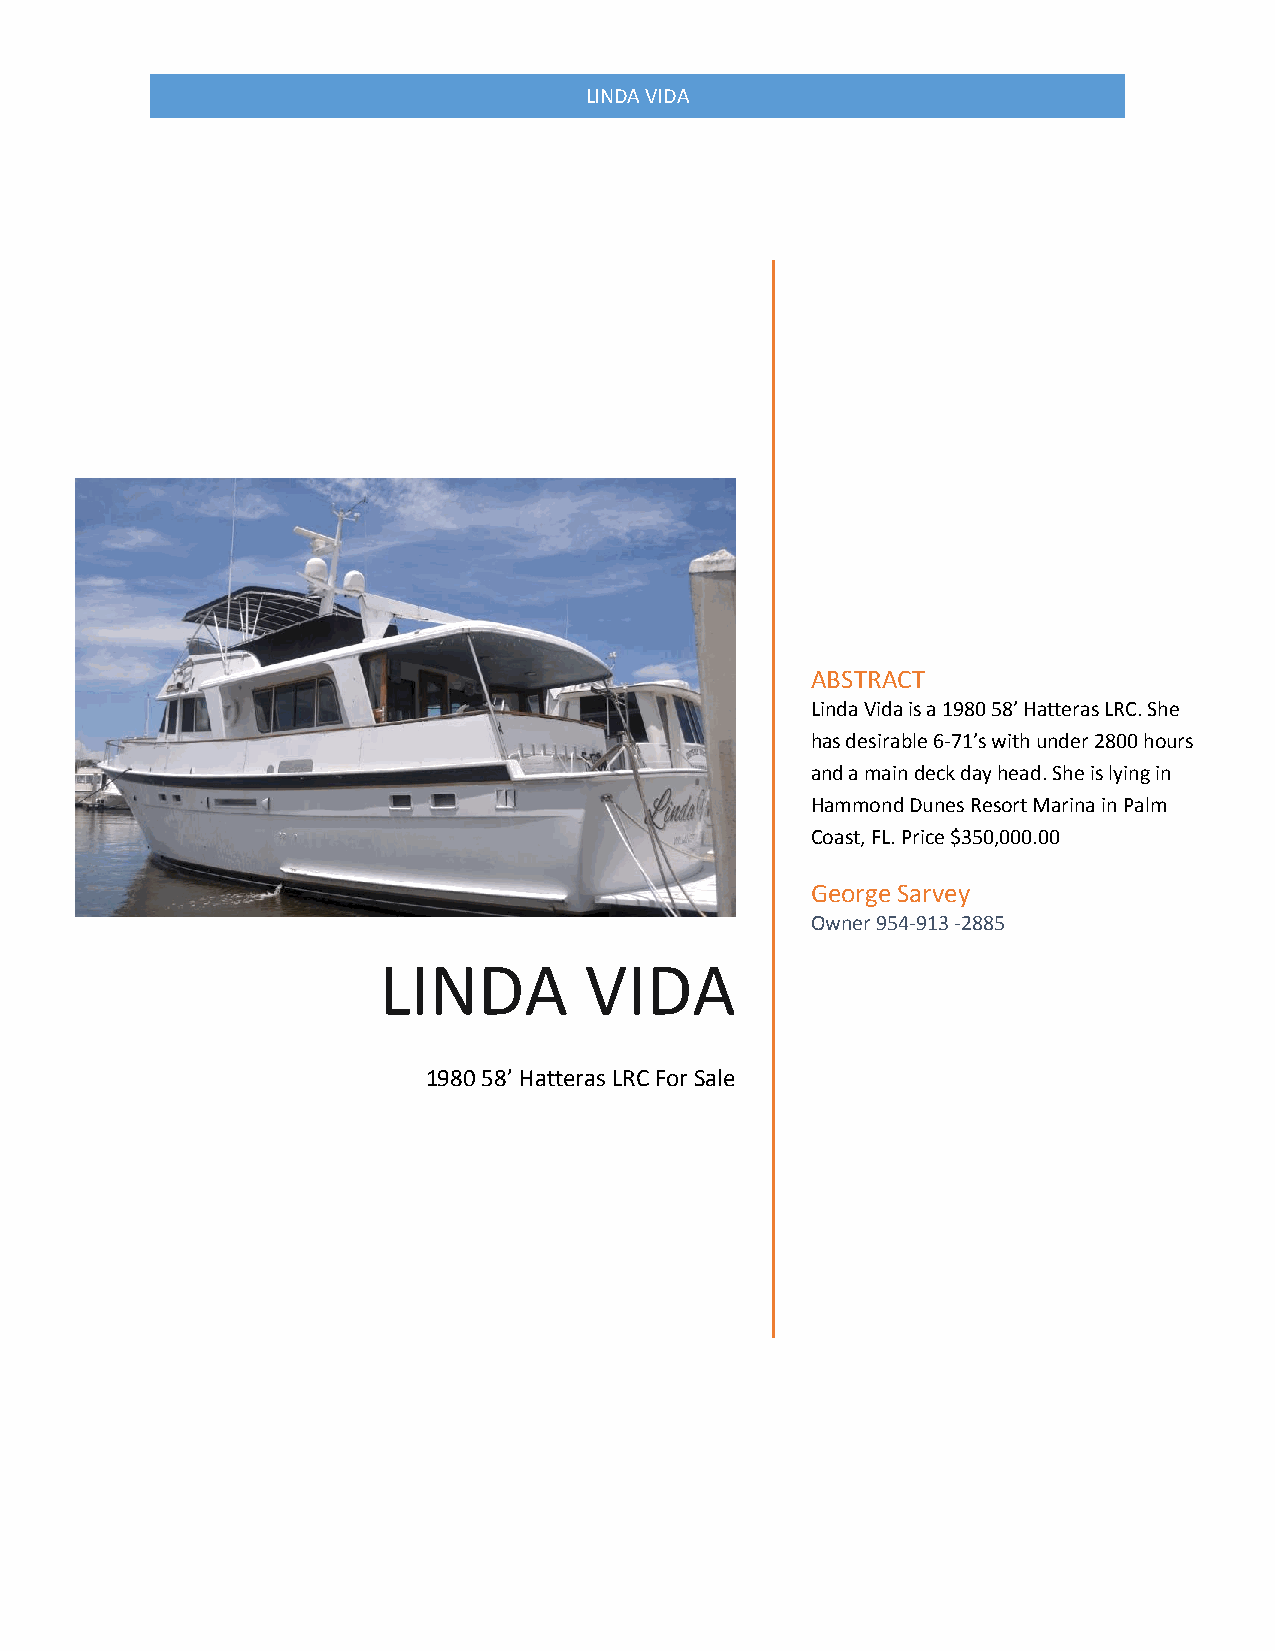
LINDA VIDA
 ABSTRACT
 Linda Vida is a 1980 58’ Hatteras LRC. She
 has desirable 6-71’s with under 2800 hours
 and a main deck day head. She is lying in
 Hammond Dunes Resort Marina in Palm
 Coast, FL. Price $350,000.00
 George Sarvey
 Owner 954-913 -2885
 LINDA         VIDA
 1980 58’ Hatteras LRC For Sale